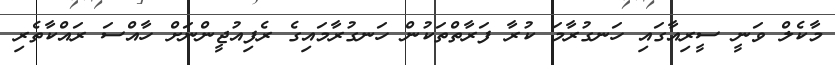
މާކެލް ވަނީ ސީރިއާގައި ހަނގުރާމަ ކުރާ ފަރާތްތަކުން ހަނގުރާމައިގެ ރެފިއުޖީންނަށް ހާއްސަ ރައްކާތެރި